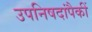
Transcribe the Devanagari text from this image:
उपनिषदांपैकीं